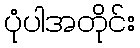
ပုံပါအတိုင်း